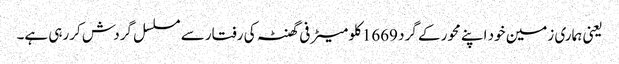
یعنی ہماری زمین خود اپنے محور کے گرد 1669کلو میٹر فی گھنٹہ کی رفتار سے مسلسل گردش کررہی ہے۔